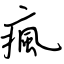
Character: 瘋